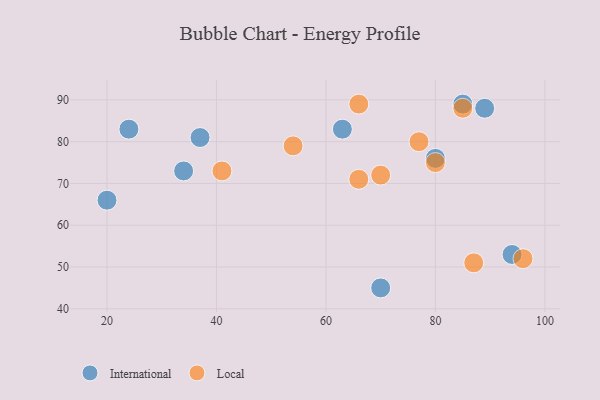
{"axis": {"x": "GDP", "y": "Life Expectancy"}, "legend": ["International", "Local"], "data": [{"x": "20", "y": 66, "type": "International"}, {"x": "85", "y": 89, "type": "International"}, {"x": "63", "y": 83, "type": "International"}, {"x": "89", "y": 88, "type": "International"}, {"x": "70", "y": 45, "type": "International"}, {"x": "34", "y": 73, "type": "International"}, {"x": "24", "y": 83, "type": "International"}, {"x": "37", "y": 81, "type": "International"}, {"x": "94", "y": 53, "type": "International"}, {"x": "80", "y": 76, "type": "International"}, {"x": "54", "y": 79, "type": "Local"}, {"x": "66", "y": 71, "type": "Local"}, {"x": "70", "y": 72, "type": "Local"}, {"x": "85", "y": 88, "type": "Local"}, {"x": "77", "y": 80, "type": "Local"}, {"x": "66", "y": 89, "type": "Local"}, {"x": "41", "y": 73, "type": "Local"}, {"x": "87", "y": 51, "type": "Local"}, {"x": "96", "y": 52, "type": "Local"}, {"x": "80", "y": 75, "type": "Local"}]}